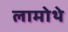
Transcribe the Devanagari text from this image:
लामोथे